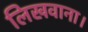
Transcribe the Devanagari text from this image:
लिखवाना।